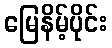
မြေနိမ့်ပိုင်း